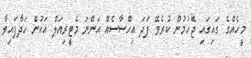
މީހެއްގެ ގައިގައި ޖެހުމުން ކުރެވޭ ފަދަ އިހްސާސެއް އަންނަ މެޓީރިއަލް އަކުން ހަދާފައިވާ